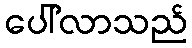
ပေါ်လာသည်